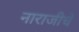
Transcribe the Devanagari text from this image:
नाराजीचे